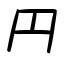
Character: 円